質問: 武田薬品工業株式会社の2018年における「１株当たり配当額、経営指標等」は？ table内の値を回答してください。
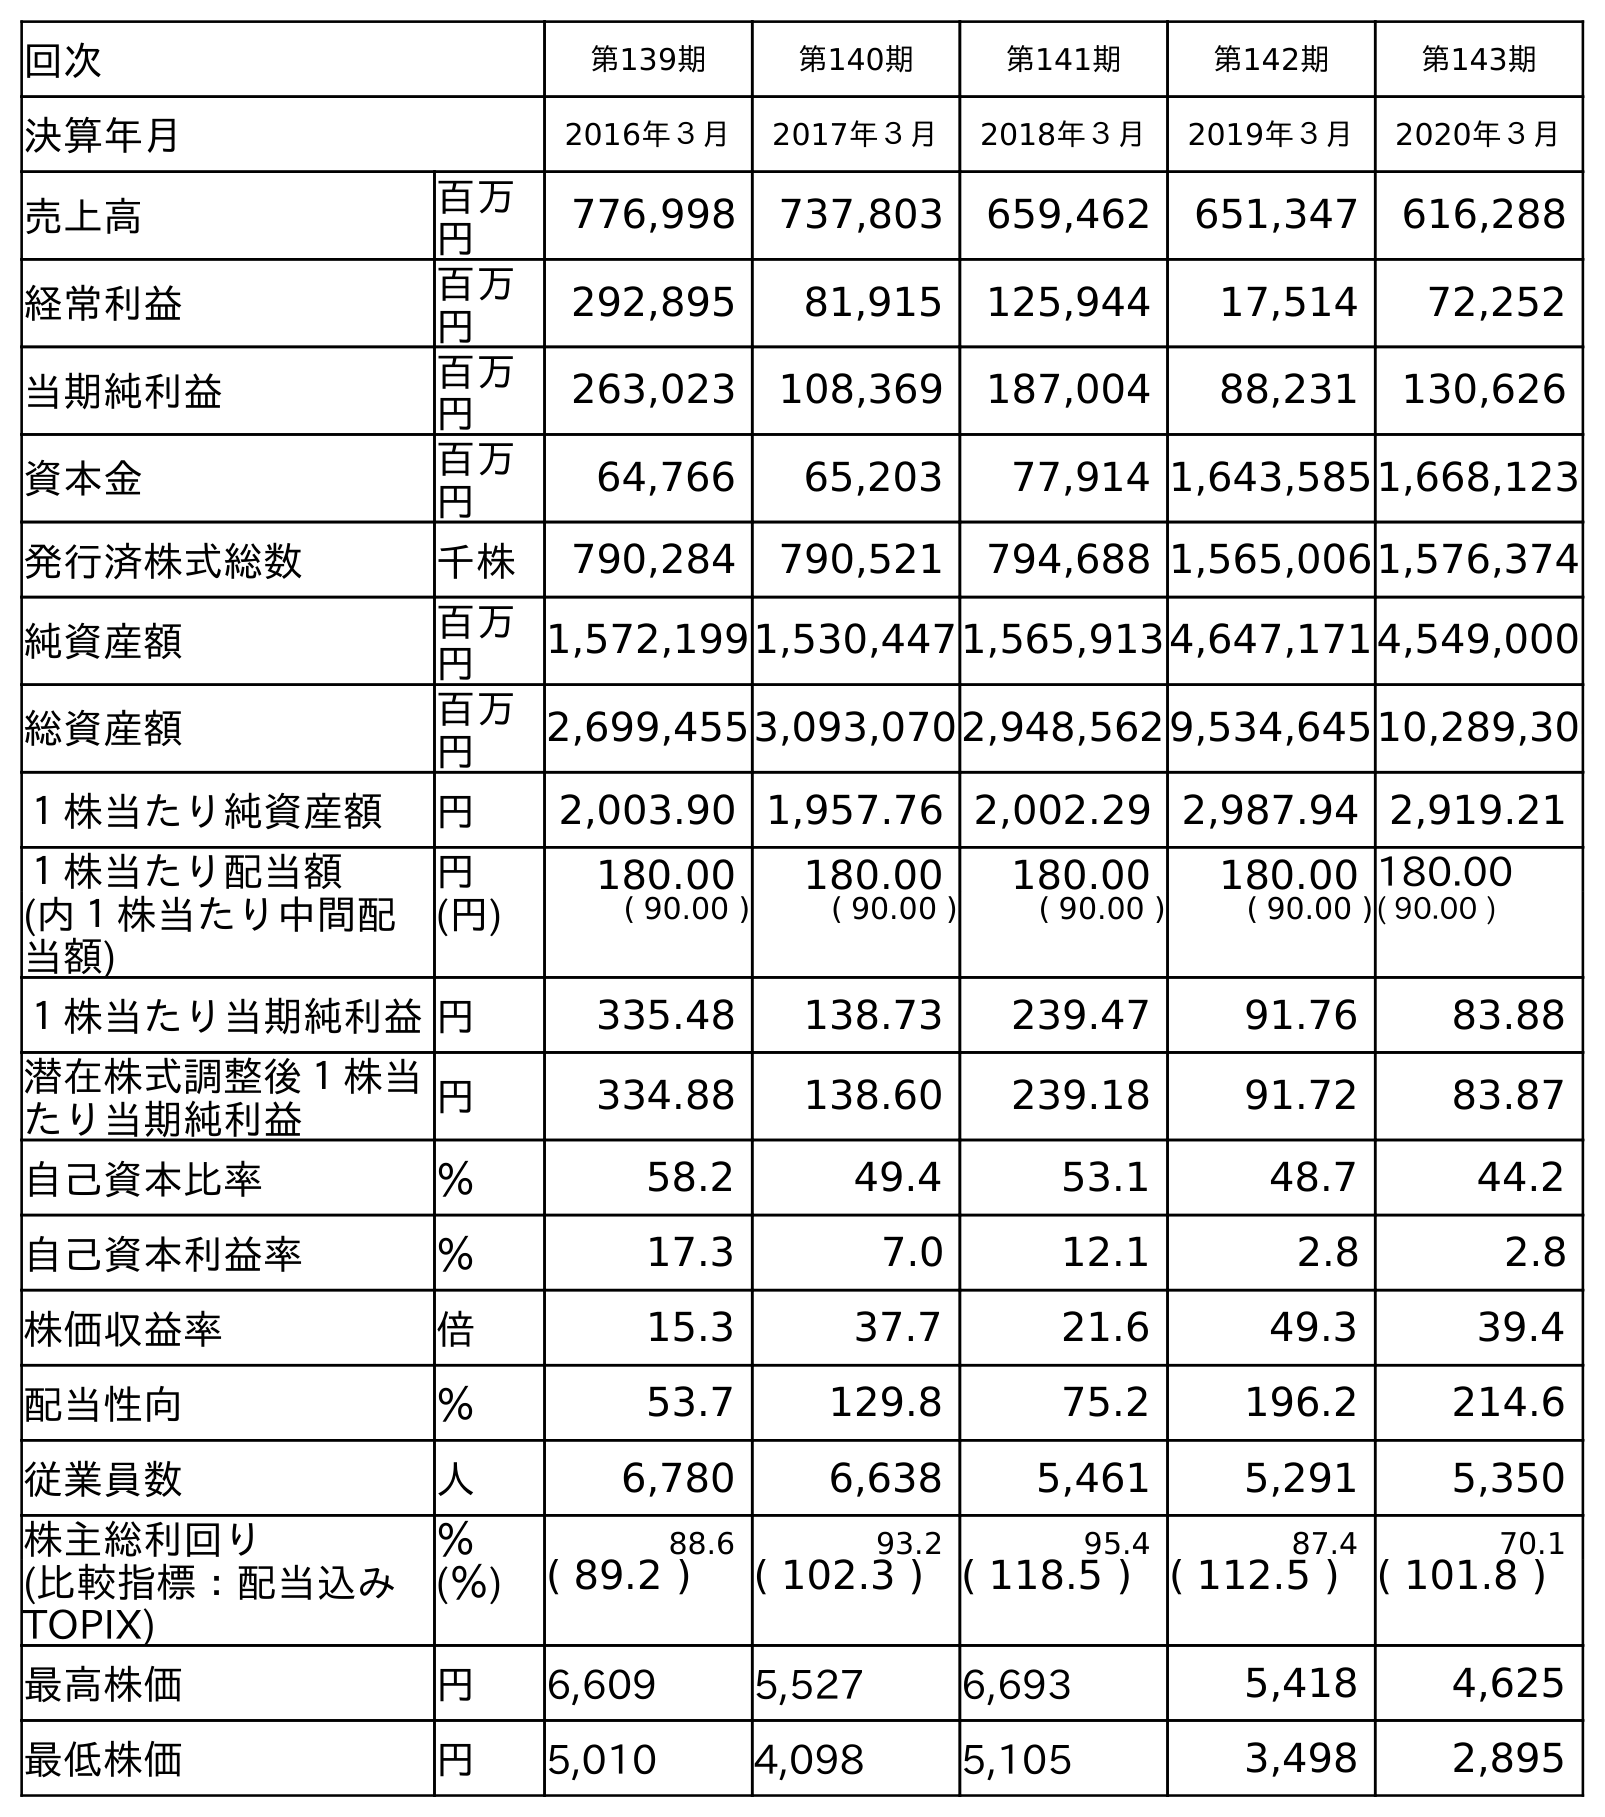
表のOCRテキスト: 回次 第139期 第140期 第141期 第142期 第143期 決算年月 2016年３月 2017年３月 2018年３月 2019年３月 2020年３月 売上高 百万 円 776,998 737,803 659,462 651,347 616,288 経常利益 百万 円 292,895 81,915 125,944 17,514 72,252 当期純利益 百万 円 263,023 108,369 187,004 88,231 130,626 資本金 百万 円 64,766 65,203 77,914 1,643,5851,668,123 発行済株式総数 千株 790,284 790,521 794,688 1,565,0061,576,374 純資産額 百万 円 1,572,1991,530,4471,565,9134,647,1714,549,000 総資産額 百万 円 2,699,4553,093,0702,948,5629,534,64510,289,30 １株当たり純資産額 円 2,003.90 1,957.76 2,002.29 2,987.94 2,919.21 １株当たり配当額 円 180.00 180.00 180.00 180.00 180.00 (内１株当たり中間配 当額) (円) ( 90.00 ) ( 90.00 ) ( 90.00 ) ( 90.00 )( 90.00 ) １株当たり当期純利益円 335.48 138.73 239.47 91.76 83.88 潜在株式調整後１株当 たり当期純利益 円 334.88 138.60 239.18 91.72 83.87 自己資本比率 ％ 58.2 49.4 53.1 48.7 44.2 自己資本利益率 ％ 17.3 7.0 12.1 2.8 2.8 株価収益率 倍 15.3 37.7 21.6 49.3 39.4 配当性向 ％ 53.7 129.8 75.2 196.2 214.6 従業員数 人 6,780 6,638 5,461 5,291 5,350 株主総利回り ％ 88.6 93.2 95.4 87.4 70.1 (比較指標：配当込み TOPIX) (％) ( 89.2 ) ( 102.3 ) ( 118.5 ) ( 112.5 ) ( 101.8 ) 最高株価 円 6,609 5,527 6,693 5,418 4,625 最低株価 円 5,010 4,098 5,105 3,498 2,895
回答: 180.00